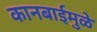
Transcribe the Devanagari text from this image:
कानबाईमुळे